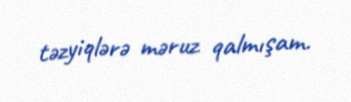
təzyiqlərə məruz qalmışam.